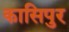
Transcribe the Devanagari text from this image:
कासिपुर